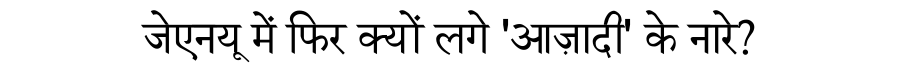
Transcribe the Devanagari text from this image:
जेएनयू में फिर क्यों लगे 'आज़ादी' के नारे?